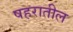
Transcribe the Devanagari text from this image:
षहरातील